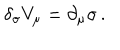
\delta _ { \sigma } V _ { \mu } = \partial _ { \mu } \sigma \, .